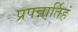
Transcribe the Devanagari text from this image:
प्रपन्नार्तिहं